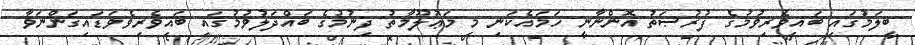
ބީލަމުގައި ބައިވެރިވުމުގެ ފުރުޞަތު އޮންނާނީ ހަމައެކަނި މި މަޢުލޫމާތު ދިނުމުގެ ބައްދަލުވުމުގައި ބައިވެރިވެވަޑައިގަންނަވާ